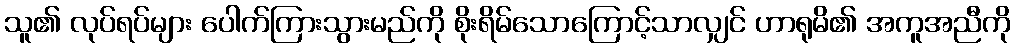
သူ၏ လုပ်ရပ်များ ပေါက်ကြားသွားမည်ကို စိုးရိမ်သောကြောင့်သာလျှင် ဟာရုမိ၏ အကူအညီကို